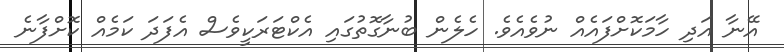
އޭނާ އަދި ހާމަކޮށްފައެއް ނުވެއެވެ. ހެލެން ބުނާގޮތުގައި އެކްޓަރަކީވެސް އެފަދަ ކަމެއް ކޮށްފާނެ